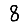
Digit: 8